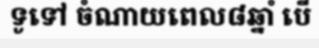
ទូទៅ ចំណាយពេល៨ឆ្នាំ បើ